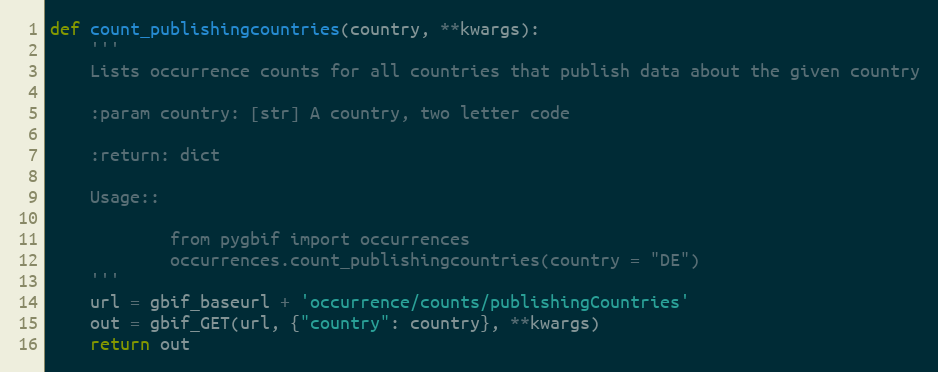
Language: Python
def count_publishingcountries(country, **kwargs):
    '''
    Lists occurrence counts for all countries that publish data about the given country

    :param country: [str] A country, two letter code

    :return: dict

    Usage::

            from pygbif import occurrences
            occurrences.count_publishingcountries(country = "DE")
    '''
    url = gbif_baseurl + 'occurrence/counts/publishingCountries'
    out = gbif_GET(url, {"country": country}, **kwargs)
    return out